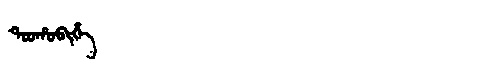
Manchu: ᡨᠣᠣᡥᠣᠪᡳᡥᡝ
Romanization: TOOHOBIHE